Black-water fever - Number 35
Disease focus: Fever
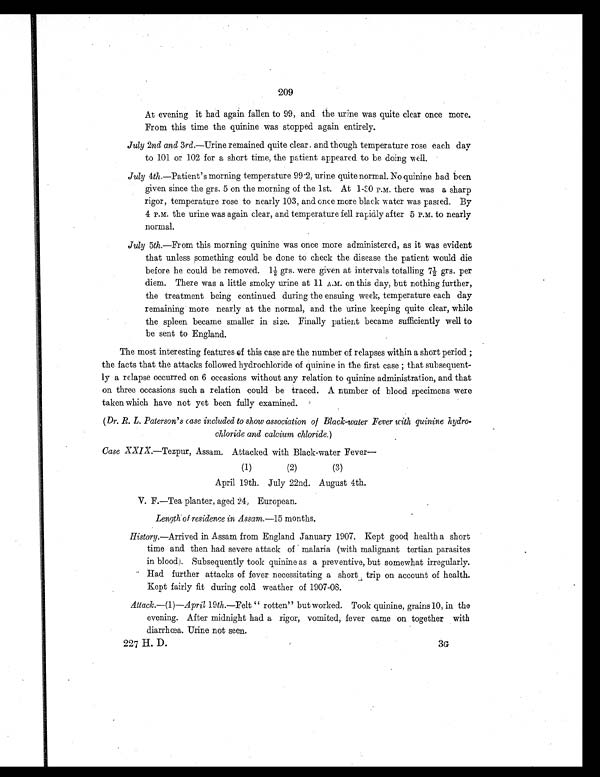
209
At evening it had again fallen to 99, and the urine was quite clear once more.
From this time the quinine was stopped again entirely.
July 2nd and 3rd.—Urine remained quite clear. and though temperature rose each day
to 101 or 102 for a short time, the patient appeared to be doing well.
July 4th.—Patient's morning temperature 99.2, urine quite normal. No quinine had been
given since the grs. 5 on the morning of the 1st. At 1-30 P.M. there was a sharp
rigor, temperature rose to nearly 103, and once more black water was passed. By
4 P.M. the urine was again clear, and temperature fell rapidly after 5 P.M. to nearly
normal.
July 5th.—From this morning quinine was once more administered, as it was evident
that unless something could be done to check the disease the patient would die
before he could be removed. 1½ grs. were given at intervals totalling 7½ grs. per
diem. There was a little smoky urine at 11 A.M. on this day, but nothing further,
the treatment being continued during the ensuing week, temperature each day
remaining more nearly at the normal, and the urine keeping quite clear, while
the spleen became smaller in size. Finally patient became sufficiently well to
be sent to England.
•
The most interesting features of this case are the number of relapses within a short period;
the facts that the attacks followed hydrochloride of quinine in the first case ; that subsequent-
ly a relapse occurred on 6 occasions without any relation to quinine administration, and that
on three occasions such a relation could be traced. A number of blood specimens were
taken which have not yet been fully examined.
(Dr. R. L. Paterson' s case included to show association of Black-water Fever with quinine hydro-
chloride and calcium chloride.)
Case XXIX. —Tezpur, Assam. Attacked with Black-water Fever—
(1)
(2)
(3)
April 19th. July 22nd. August 4th.
V. F.—Tea planter, aged 24, European.
Length of residence in Assam.— 15 months.
History.—Arrived in Assam from England January 1907. Kept good health a short
time and then had severe attack of malaria (with malignant tertian parasites
in blood). Subsequently took quinine as a preventive, but somewhat irregularly.
Had further attacks of fever necessitating a short trip on account of health.
Kept fairly fit during cold weather of 1907-08.
Attack.—(1)— April 19th.—Felt " rotten" but worked. Took quinine, grains 10, in the
evening. After midnight had a rigor, vomited, fever came on together with
diarrhœa. Urine not seen.
227 H. D.
3G